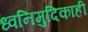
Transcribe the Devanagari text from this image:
ध्वनिमुदिकाही